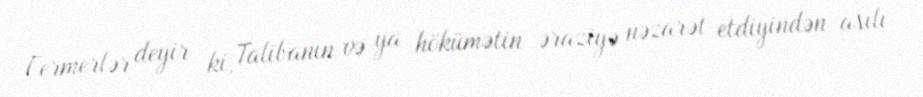
Fermerlər deyir ki, Talibanın və ya hökümətin əraziyə nəzarət etdiyindən asılı